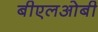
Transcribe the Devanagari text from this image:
बीएलओबी